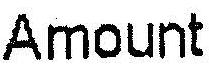
AMOUNT